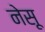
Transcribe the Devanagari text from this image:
नेसू